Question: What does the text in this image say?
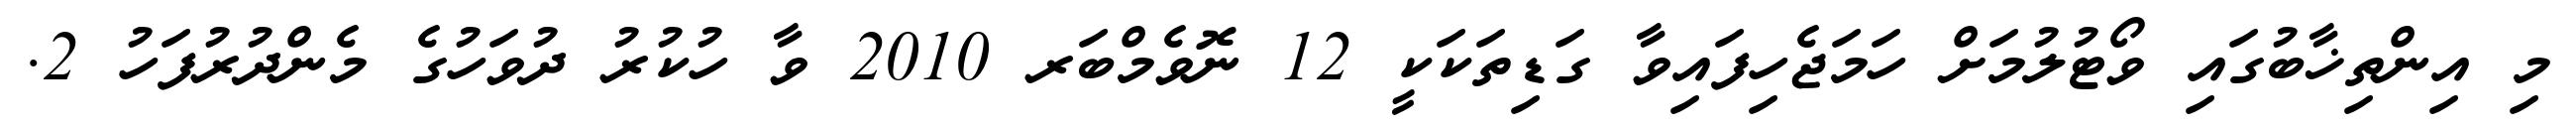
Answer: މި އިންތިޚާބުގައި ވޯޓުލުމަށް ހަމަޖެހިފައިވާ ގަޑިތަކަކީ 12 ނޮވެމްބަރ 2010 ވާ ހުކުރު ދުވަހުގެ މެންދުރުފަހު 2.